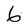
Character: 6